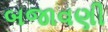
બજાવણી